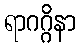
ရာဂဂ္ဂိနာ